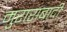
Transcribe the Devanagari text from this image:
मुराराबादी